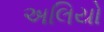
અલિયો